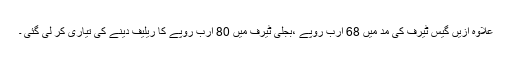
علاوہ ازیں گیس ٹیرف کی مد میں 68 ارب روپے ،بجلی ٹیرف میں 80 ارب روپے کا ریلیف دینے کی تیاری کر لی گئی ۔